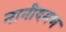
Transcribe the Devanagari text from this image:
नानीदमण